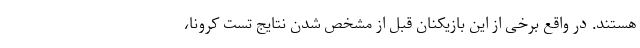
هستند. در واقع برخی از این بازیکنان قبل از مشخص شدن نتایج تست کرونا،